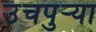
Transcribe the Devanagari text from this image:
उंचपुर्‍या